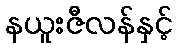
နယူးဇီလန်နှင့်